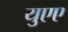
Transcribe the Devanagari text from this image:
युएए